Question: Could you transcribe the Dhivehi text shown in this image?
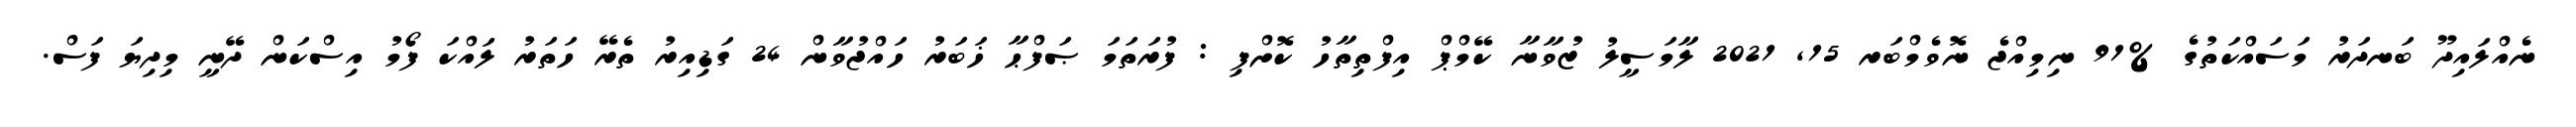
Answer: ނެއްލައިދޫ ބަނދަރު މަސައްކަތުގެ %91 ނިމިއްޖެ ނޮވެމްބަރ 15, 2021 ލާމަސީލު ޒުވާނާ ކޭމްޕް އިފްތިތާހު ކޮށްފި : ފުރަތަމަ ޞަފްޙާ ޚަބަރު ހައްޖުވާން 24 ގަޑިއިރު ތެރޭ ހަތަރު ލައްކަ ފޯމު އިސްކަން ދޭނީ މިދިޔަ ފަސް.